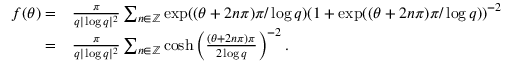
\begin{array} { r l } { f ( \theta ) = } & { \frac { \pi } { q | \log q | ^ { 2 } } \sum _ { n \in { \mathbb { Z } } } \exp ( ( \theta + 2 n \pi ) \pi / \log q ) ( 1 + \exp ( ( \theta + 2 n \pi ) \pi / \log q ) ) ^ { - 2 } } \\ { = } & { \frac { \pi } { q | \log q | ^ { 2 } } \sum _ { n \in { \mathbb { Z } } } \cosh \left( \frac { ( \theta + 2 n \pi ) \pi } { 2 \log q } \right) ^ { - 2 } . } \end{array}